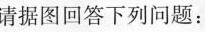
请据图回答下列问题：